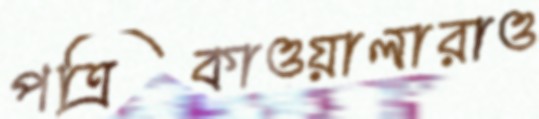
পত্রিকাওয়ালারাও